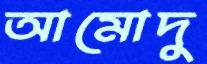
আমোদু